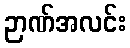
ဉာဏ်အလင်း